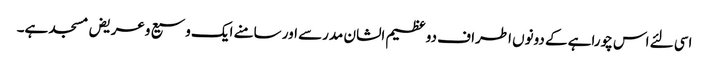
اسی لئے اس چوراہے کے دونوں اطراف دو عظیم الشان مدرسے اور سامنے ایک وسیع وعریض مسجد ہے۔